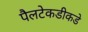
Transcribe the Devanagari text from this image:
पैलटेकडीकडे